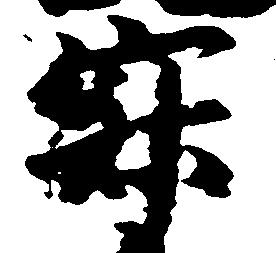
寂